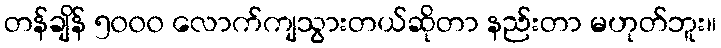
တန်ချိန် ၅၀၀၀ လောက်ကျသွားတယ်ဆိုတာ နည်းတာ မဟုတ်ဘူး။